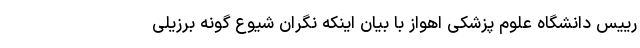
رییس دانشگاه علوم پزشکی اهواز با بیان اینکه نگران شیوع گونه برزیلی